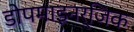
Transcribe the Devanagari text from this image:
डोपमाइनर्जिक